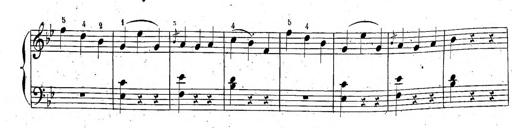
Title: 6 Sonatinen, Op.95
Composer: Ferdinand Hiller
Key: Various